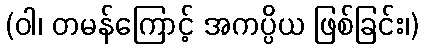
(ဝါ၊ တမန်ကြောင့် အကပ္ပိယ ဖြစ်ခြင်း၊)